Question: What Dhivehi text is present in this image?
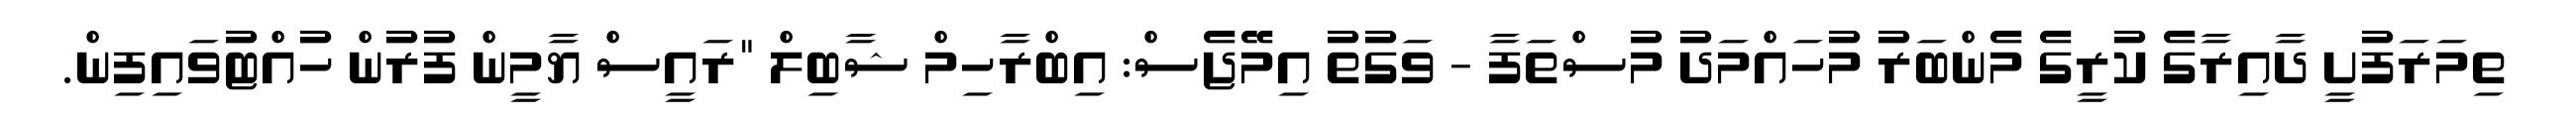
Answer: ތިމަރަފުށީ ދާއިރާގެ ކުރީގެ މެންބަރު މުހައްމަދު މުސްތަފާ - ވަގުތު އިމޭޖެސް: އިބްރާހިމް ޝާބިލް "ރައީސް ޔާމީން ފުރުން ހުއްޓުވައިފިން.